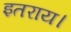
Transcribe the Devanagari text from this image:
इतराय।